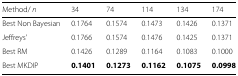
<table><thead><tr><td><b>Method/ <i>n</i></b></td><td><b>34</b></td><td><b>74</b></td><td><b>114</b></td><td><b>134</b></td><td><b>174</b></td></tr></thead><tbody><tr><td>Best Non Bayesian</td><td>0.1764</td><td>0.1574</td><td>0.1473</td><td>0.1426</td><td>0.1371</td></tr><tr><td>Jeffreys’</td><td>0.1766</td><td>0.1574</td><td>0.1476</td><td>0.1425</td><td>0.1371</td></tr><tr><td>Best RM</td><td>0.1426</td><td>0.1289</td><td>0.1164</td><td>0.1083</td><td>0.1000</td></tr><tr><td>Best MKDIP</td><td><b>0.1401</b></td><td><b>0.1273</b></td><td><b>0.1162</b></td><td><b>0.1075</b></td><td><b>0.0998</b></td></tr></tbody></table>